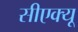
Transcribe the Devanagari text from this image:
सीएक्यू